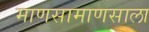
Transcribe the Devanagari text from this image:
माणसामाणसाला